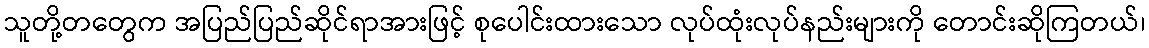
သူတို့တတွေက အပြည်ပြည်ဆိုင်ရာအားဖြင့် စုပေါင်းထားသော လုပ်ထုံးလုပ်နည်းများကို တောင်းဆိုကြတယ်၊